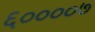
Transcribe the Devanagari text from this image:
६००००७